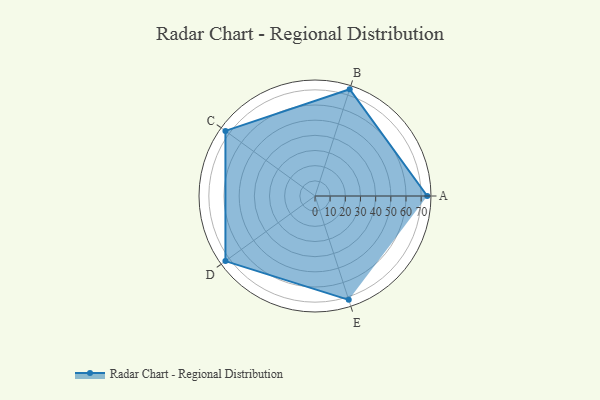
{"axis": {"x": "Skill", "y": "Score"}, "legend": ["Profile"], "data": [{"x": "A", "y": 74.0, "type": "Profile"}, {"x": "B", "y": 74.0, "type": "Profile"}, {"x": "C", "y": 73.0, "type": "Profile"}, {"x": "D", "y": 73.0, "type": "Profile"}, {"x": "E", "y": 72.0, "type": "Profile"}]}